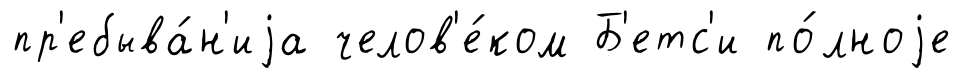
пр'ебыва́н'иjа челов'е́ком Б'етс'и по́лноjе